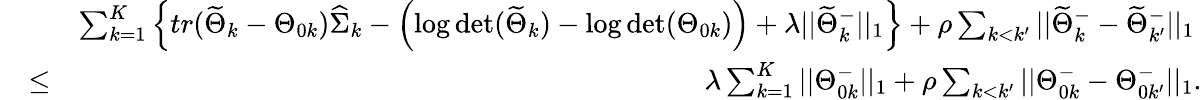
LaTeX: \begin{array}{rlr}&{}&{\sum_{k=1}^{K}\left\{ tr(\widetilde{\Theta}_{k}-\Theta_{0k})\widehat{\Sigma}_{k}-\left(\log\operatorname*{det}(\widetilde{\Theta}_{k})-\log\operatorname*{det}(\Theta_{0k})\right)+\lambda||\widetilde{\Theta}_{k}^{-}||_{1}\right\} +\rho\sum_{k<k^{\prime}}||\widetilde{\Theta}_{k}^{-}-\widetilde{\Theta}_{k^{\prime}}^{-}||_{1}\ }\\ &{\leq}&{\lambda\sum_{k=1}^{K}||\Theta_{0k}^{-}||_{1}+\rho\sum_{k<k^{\prime}}||\Theta_{0k}^{-}-\Theta_{0k^{\prime}}^{-}||_{1}.}\end{array}